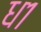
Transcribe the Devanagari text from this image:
ध१